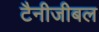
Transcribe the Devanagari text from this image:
टैनीजीबल